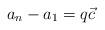
LaTeX: \begin{align*} a_{n}-a_1 = q \vec c\end{align*}